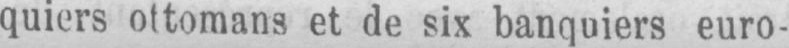
quiers ottomans et de six banquiers euro-